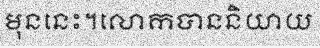
មុននេះ។លោកបាននិយាយ